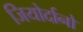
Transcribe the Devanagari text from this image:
जियोर्दानो